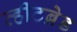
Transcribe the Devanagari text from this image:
व्हीटब्रेड